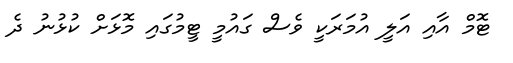
ޓޮމް އާއި އަލީ އުމަރަކީ ވެސް ގައުމީ ޓީމުގައި މޮޅަށް ކުޅުނު ދެ